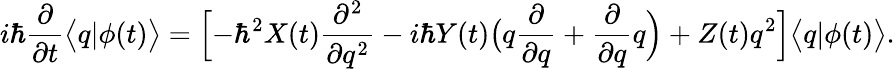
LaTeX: i\hbar\frac{\partial}{\partial t}\bigl<q|\phi(t)\bigr>=\Bigl[-\hbar^{2}X(t)\frac{\partial^{2}}{\partial q^{2}}-i\hbar Y(t)\bigl(q\frac{\partial}{\partial q}+\frac{\partial}{\partial q}q\Bigr)+Z(t)q^{2}\Bigr]\bigl<q|\phi(t)\bigr>.